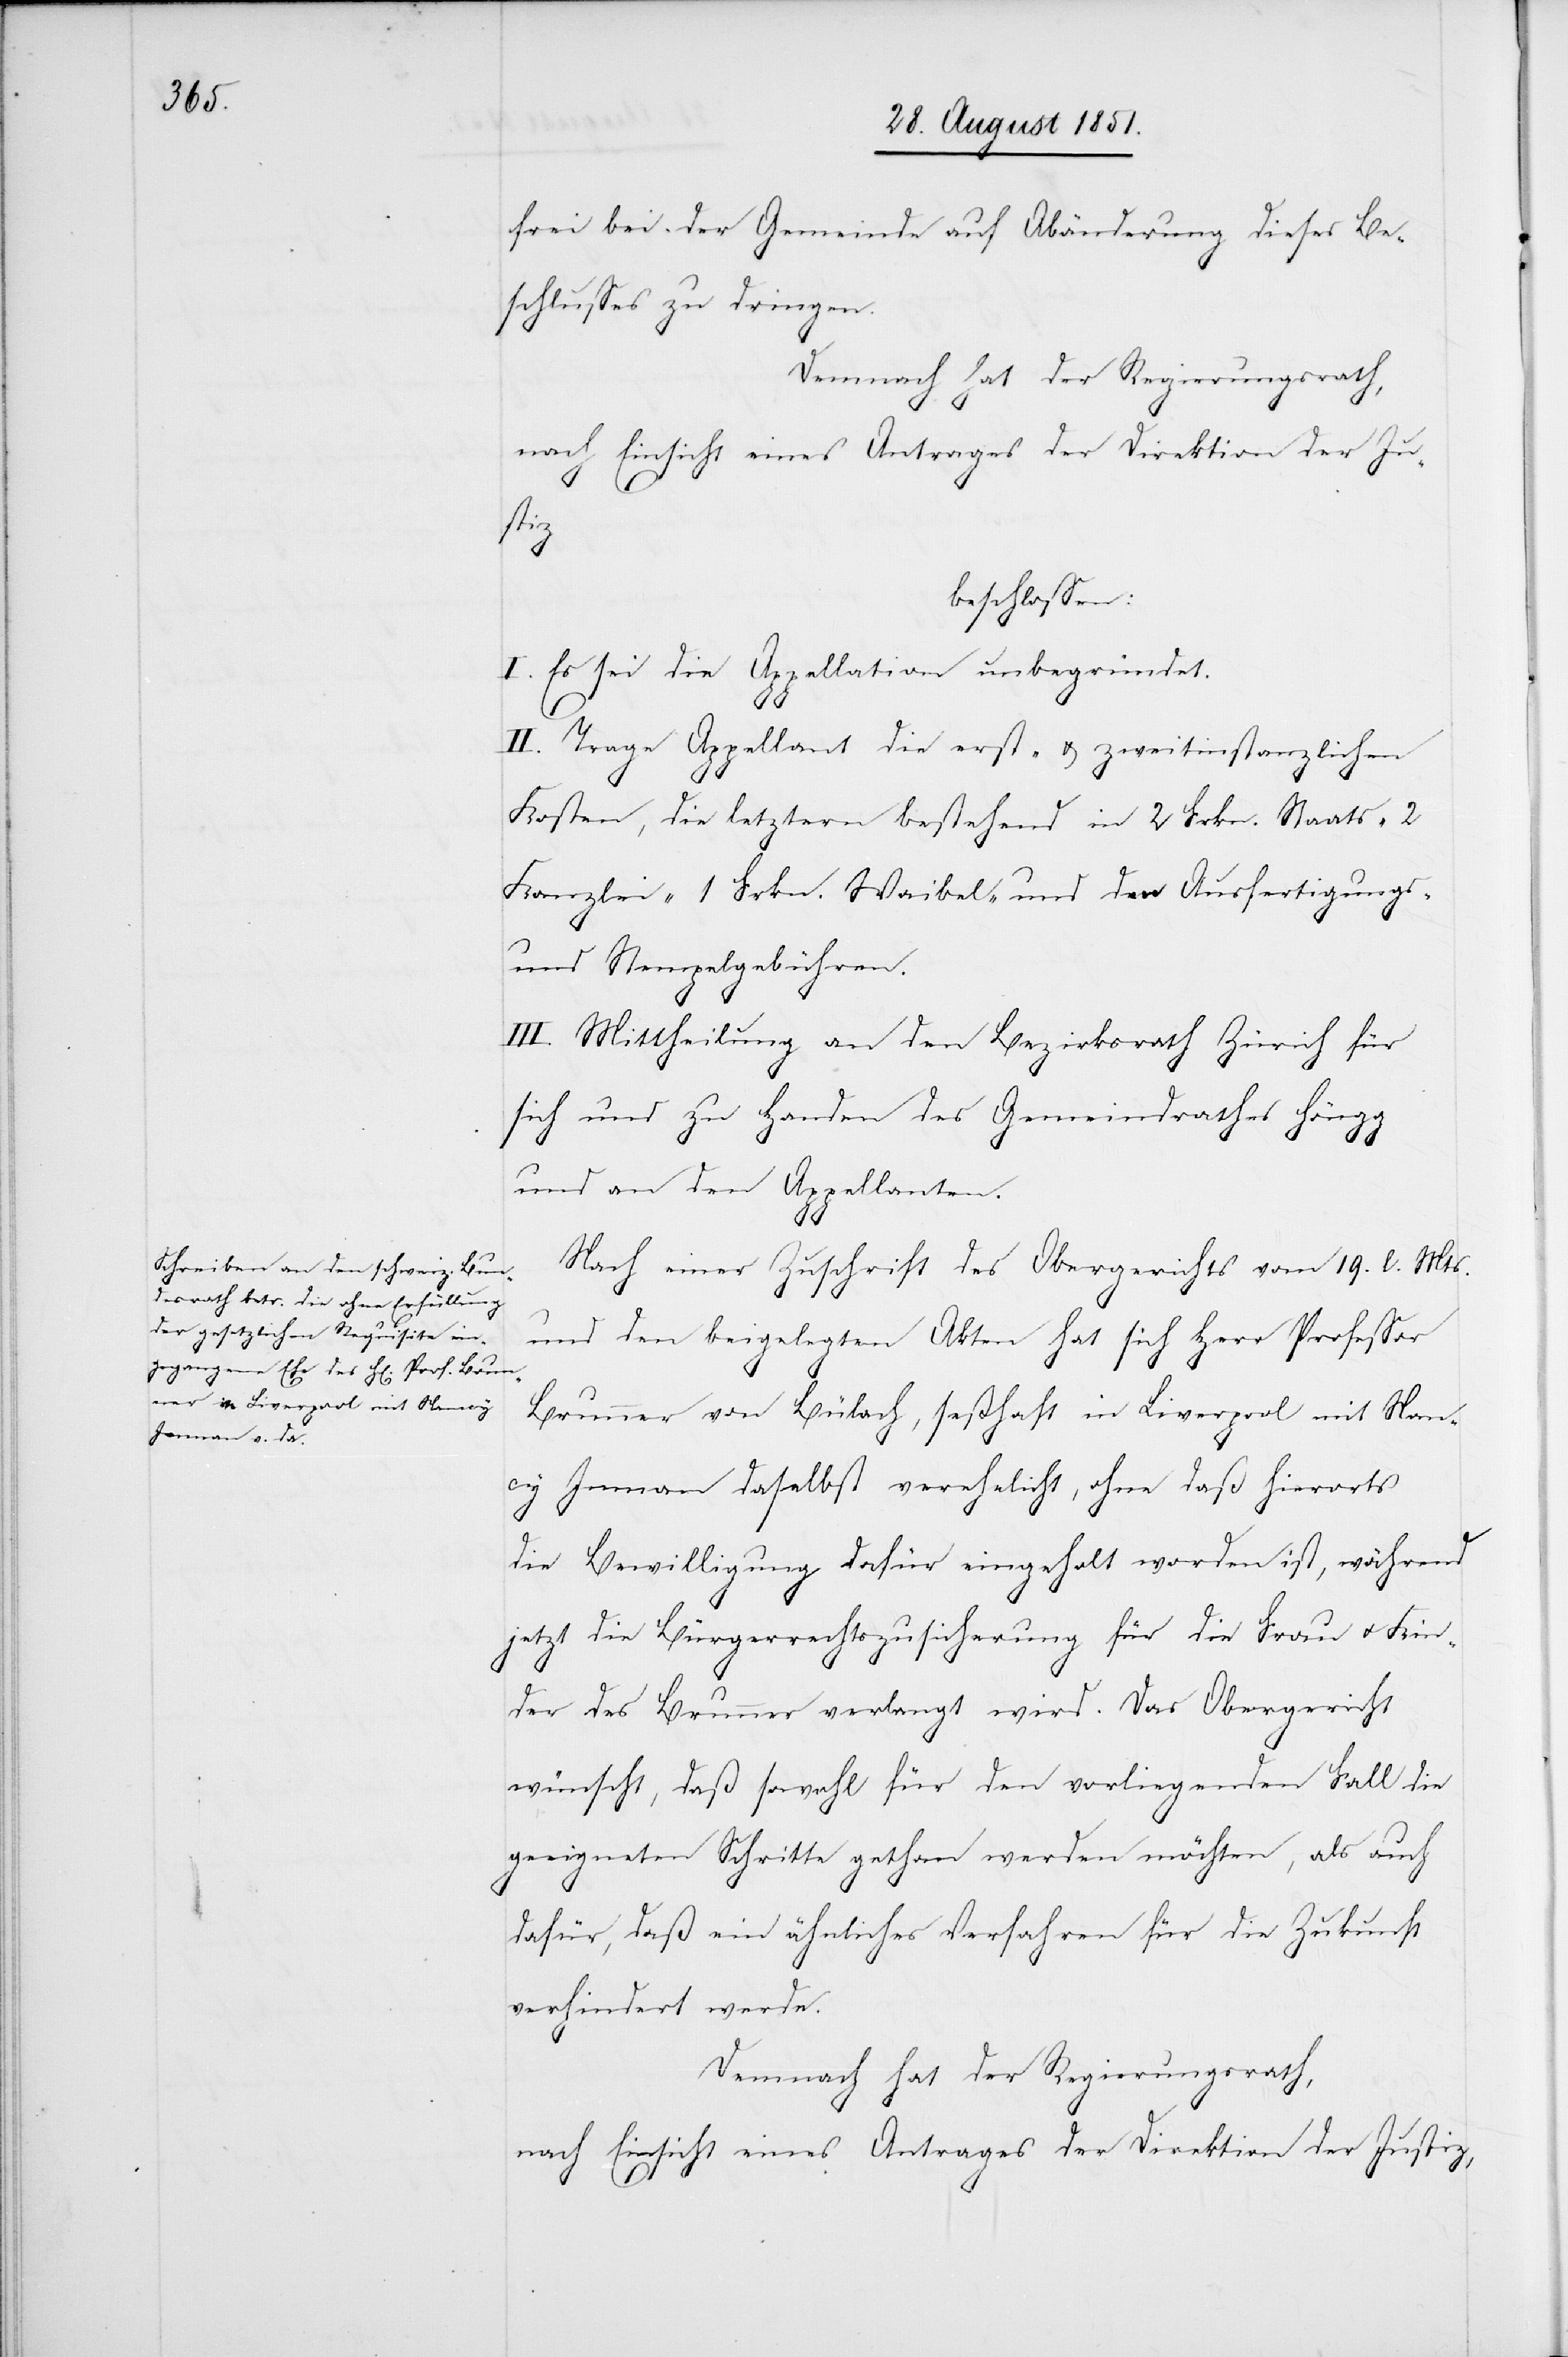
frei bei der Gemeinde auf Abänderung dieses Be¬
schlusses zu dringen.
Demnach hat der Regierungsrath,
beschlossen:
I. Es sei die Appellation unbegründet.
II. Trage Appellant die erst- & zweitinstanzlichen
Kosten, die letztern bestehend in 2 Frkn. Staats-[,]
Kanzlei-[,] 1 Frkn. Waibel- und den Ausfertigungs-
und Stempelgebühren.
III. Mittheilung an den Bezirksrath Zürich für
sich und zu Handen des Gemeindrathes Höngg
und an den Appellanten.
Nach einer Zuschrift des Obergerichts vom 19. l. Mts.
und den beigelegten Akten hat sich Herr Professor
Brunner von Bülach, seßhaft in Liverpool mit Nan¬
cy Imman daselbst verehelicht, ohne daß hierorts
die Bewilligung dafür eingeholt worden ist, während
jetzt die Bürgerrechtszusicherung für die Frau u. Kin¬
der des Brunner verlangt wird. Das Obergericht
wünscht, daß sowohl für den vorliegenden Fall die
geeigneten Schritte gethan werden möchten, als auch
dafür, daß ein ähnliches Verfahren für die Zukunft
verhindert werde.
nach Einsicht eines Antrages der Direktion der Justiz,